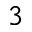
^ 3